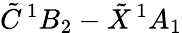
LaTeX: \tilde{C}\, {}^{1}B_{2}-\tilde{X}\, {}^{1}A_{1}